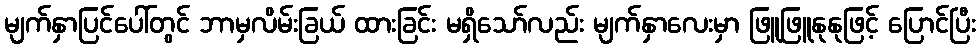
မျက်နှာပြင်ပေါ်တွင် ဘာမှလိမ်းခြယ် ထားခြင်း မရှိသော်လည်း မျက်နှာလေးမှာ ဖြူဖြူနုနုဖြင့် ပြောင်ပြီး